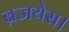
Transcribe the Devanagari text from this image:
ब्रजयेस।